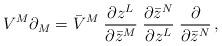
LaTeX: \begin{align*}V^M \partial_M = \bar{V}^M \; \frac{\partial z^L}{\partial \bar{z}^M}\; \frac{\partial \bar{z}^N}{\partial z^L}\; \frac{\partial}{\partial \bar{z}^N}\, ,\end{align*}